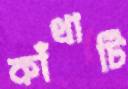
কাঁথাটি